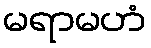
မရာမဟံ